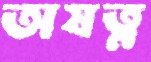
অযত্ন